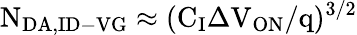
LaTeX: \mathrm{N_{DA,ID-VG}\approx(C_{I}\Delta V_{ON}/q)^{3/2}}